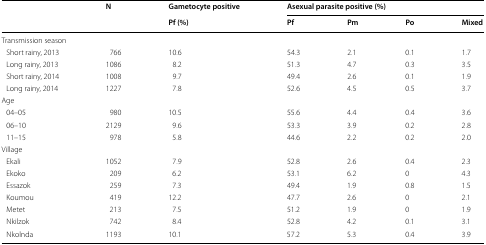
| <ROWSPAN=2>  | <ROWSPAN=2> N | Gametocyte positive | <COLSPAN=4> Asexual parasite positive (%) |
 | Pf (%) | Pf | Pm | Po | Mixed |
 | --- | --- | --- | --- | --- | --- | --- |
 | <COLSPAN=7> Transmission season |
 | Short rainy, 2013 | 766 | 10.6 | 54.3 | 2.1 | 0.1 | 1.7 |
 | Long rainy, 2013 | 1086 | 8.2 | 51.3 | 4.7 | 0.3 | 3.5 |
 | Short rainy, 2014 | 1008 | 9.7 | 49.4 | 2.6 | 0.1 | 1.9 |
 | Long rainy, 2014 | 1227 | 7.8 | 52.6 | 4.5 | 0.5 | 3.7 |
 | <COLSPAN=7> Age |
 | 04–05 | 980 | 10.5 | 55.6 | 4.4 | 0.4 | 3.6 |
 | 06–10 | 2129 | 9.6 | 53.3 | 3.9 | 0.2 | 2.8 |
 | 11–15 | 978 | 5.8 | 44.6 | 2.2 | 0.2 | 2.0 |
 | <COLSPAN=7> Village |
 | Ekali | 1052 | 7.9 | 52.8 | 2.6 | 0.4 | 2.3 |
 | Ekoko | 209 | 6.2 | 53.1 | 6.2 | 0 | 4.3 |
 | Essazok | 259 | 7.3 | 49.4 | 1.9 | 0.8 | 1.5 |
 | Koumou | 419 | 12.2 | 47.7 | 2.6 | 0 | 2.1 |
 | Metet | 213 | 7.5 | 51.2 | 1.9 | 0 | 1.9 |
 | Nkilzok | 742 | 8.4 | 52.8 | 4.2 | 0.1 | 3.1 |
 | Nkolnda | 1193 | 10.1 | 57.2 | 5.3 | 0.4 | 3.9 |